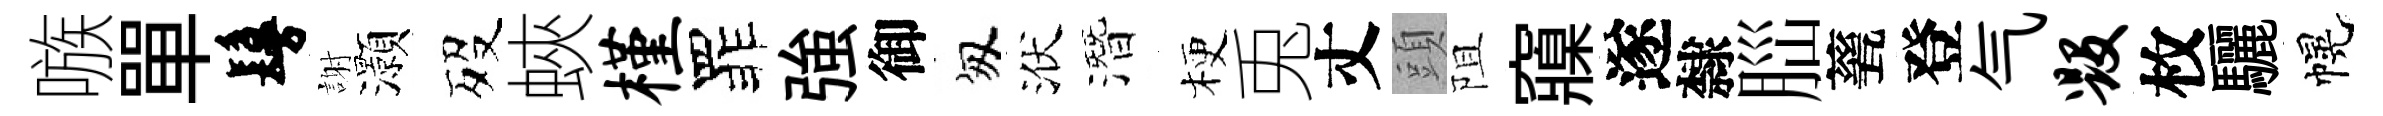
嗾單鬘謝灝歿蛺槿罪強御匆洑潛梗兎丈頭阻䆿遂隸𦛁甆登气毁枚驪幌